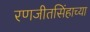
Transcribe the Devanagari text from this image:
रणजीतसिंहाच्या